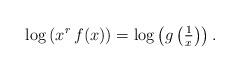
LaTeX: \begin{align*}\log \left( x^r \, f(x) \right) = \log \left( g \left( \tfrac{1}{x} \right) \right).\end{align*}